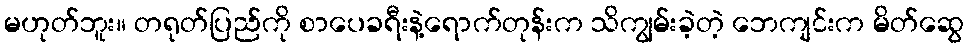
မဟုတ်ဘူး။ တရုတ်ပြည်ကို စာပေခရီးနဲ့ရောက်တုန်းက သိကျွမ်းခဲ့တဲ့ ဘေကျင်းက မိတ်ဆွေ